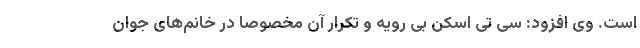
است. وی افزود: سی تی اسکن بی رویه و تکرار آن مخصوصاً در خانم‌های جوان